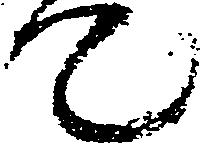
て